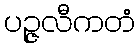
ပဉ္ဇလီကတံ